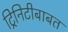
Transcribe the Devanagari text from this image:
ट्रिनिटीबाबत